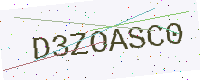
Text: D3ZOASC0